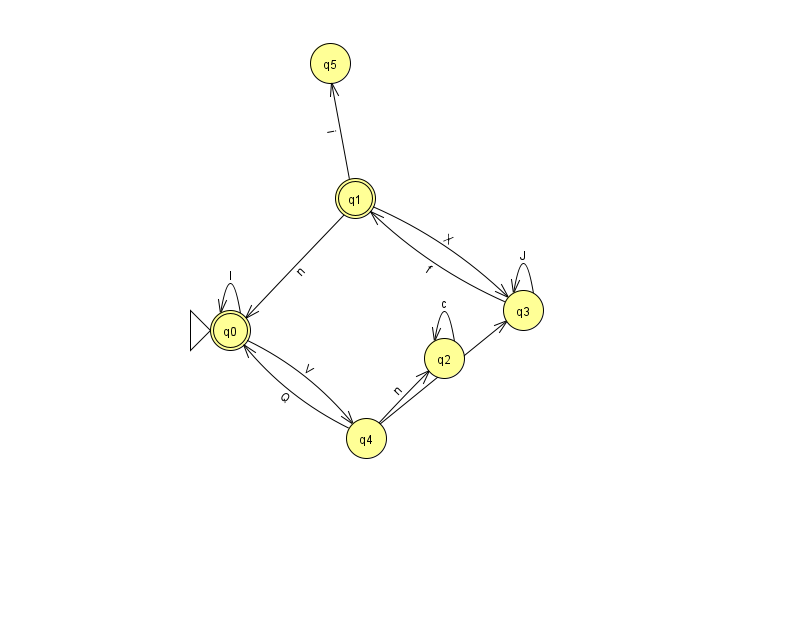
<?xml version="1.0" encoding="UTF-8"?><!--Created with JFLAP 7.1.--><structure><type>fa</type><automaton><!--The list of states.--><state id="0" name="q0"><x>230.0</x><y>317.0</y><initial/><final/></state><state id="1" name="q1"><x>355.0</x><y>185.0</y><final/></state><state id="2" name="q2"><x>444.0</x><y>345.0</y></state><state id="3" name="q3"><x>523.0</x><y>297.0</y></state><state id="4" name="q4"><x>366.0</x><y>425.0</y></state><state id="5" name="q5"><x>330.0</x><y>50.0</y></state><!--The list of transitions.--><transition><from>4</from><to>3</to><read>O</read></transition><transition><from>3</from><to>1</to><read>f</read></transition><transition><from>4</from><to>0</to><read>Q</read></transition><transition><from>2</from><to>2</to><read>c</read></transition><transition><from>1</from><to>5</to><read>i</read></transition><transition><from>4</from><to>2</to><read>n</read></transition><transition><from>0</from><to>4</to><read>V</read></transition><transition><from>1</from><to>0</to><read>n</read></transition><transition><from>0</from><to>0</to><read>I</read></transition><transition><from>3</from><to>3</to><read>J</read></transition><transition><from>1</from><to>3</to><read>X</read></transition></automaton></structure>